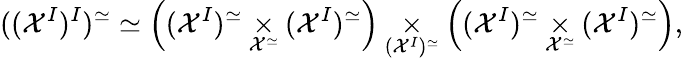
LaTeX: ((\mathcal{X}^{I})^{I})^{\simeq}\simeq\Bigl((\mathcal{X}^{I})^{\simeq}\underset{\mathcal{X}^{\simeq}}{\times}(\mathcal{X}^{I})^{\simeq}\Bigr)\underset{(\mathcal{X}^{I})^{\simeq}}{\times}\Bigl((\mathcal{X}^{I})^{\simeq}\underset{\mathcal{X}^{\simeq}}{\times}(\mathcal{X}^{I})^{\simeq}\Bigr),